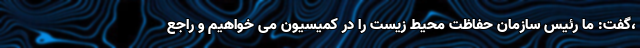
،گفت: ما رئیس سازمان حفاظت محیط زیست را در کمیسیون می خواهیم و راجع